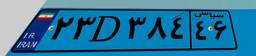
۱۱D۴۱۶۰۱